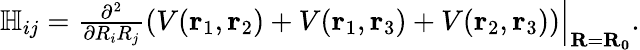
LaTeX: \begin{array}{r}{\mathbb{H}_{ij}=\left.\frac{\partial^{2}}{\partial R_{i}R_{j}}\left(V(\mathbf{r}_{1},\mathbf{r}_{2})+V(\mathbf{r}_{1},\mathbf{r}_{3})+V(\mathbf{r}_{2},\mathbf{r}_{3})\right)\right|_{\mathbf{R}=\mathbf{R_{0}}}.}\end{array}